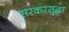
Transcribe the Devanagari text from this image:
सरकरसुद्धा